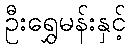
ဦးရွှေမန်းနှင့်